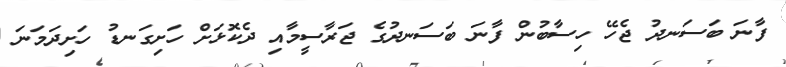
ފާނަ ބަސަނދު ޖެހޭ ހިސާބުން ފާނަ ބަސަނދުގެ ޖަރާސީމާއި ދެކޮޅަށް ހަށިގަނޑު ހަށިދަމަނަ